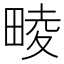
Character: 𤲪